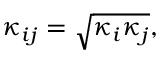
\kappa _ { i j } = \sqrt { \kappa _ { i } \kappa _ { j } } ,